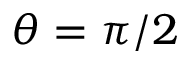
\theta = \pi / 2